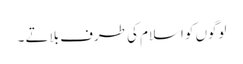
لوگوں کو اسلام کی طرف بلاتے ۔